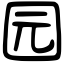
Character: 园